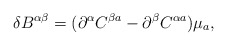
\begin{align*}\delta B^{\alpha\beta}=(\partial^\alpha C^{\beta a}-\partial^\beta C^{\alpha a})\mu_a,\end{align*}